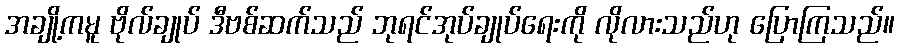
အချို့ကမူ ဗိုလ်ချုပ် ဒီဗစ်ဆက်သည် ဘုရင်အုပ်ချုပ်ရေးကို လိုလားသည်ဟု ပြောကြသည်။